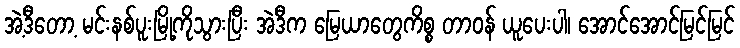
အဲ့ဒီတော့ မင်းနစ်ပူးမြို့ကိုသွားပြီး အဲဒီက မြေယာတွေကိစ္စ တာဝန် ယူပေးပါ၊ အောင်အောင်မြင်မြင်